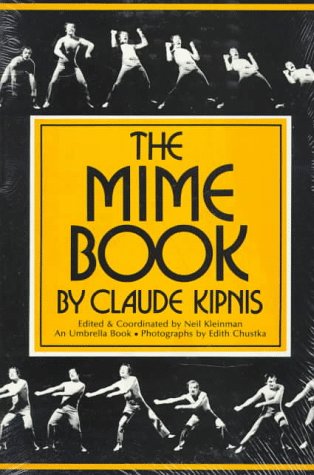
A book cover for The Mime Book (Umbrella Book); Claude Kipnis; Humor & Entertainment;